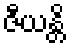
ဇီယန္တိ